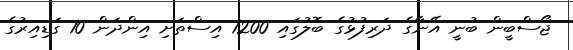
ޖޯސްބީން ބުނީ އޭނާގެ ދަރިފުޅުގެ ބޮލުގައި 1200 އިސްތަށި އިންދަން 10 ގަޑިއިރުގެ